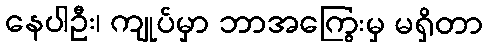
နေပါဦး၊ ကျုပ်မှာ ဘာအကြွေးမှ မရှိတာ